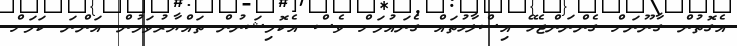
އެގޮތުން ގާނޫނަށް ގެންނަންޖެހޭ އިސްލާހުތައް ގެނައުމަށް ވެސް އެކޮމިޝަނުން ތައްޔާރުވަމުން އަންނަ ކަމަށް